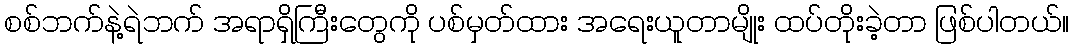
စစ်ဘက်နဲ့ရဲဘက် အရာရှိကြီးတွေကို ပစ်မှတ်ထား အရေးယူတာမျိုး ထပ်တိုးခဲ့တာ ဖြစ်ပါတယ်။